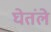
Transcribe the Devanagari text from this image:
घेतंले